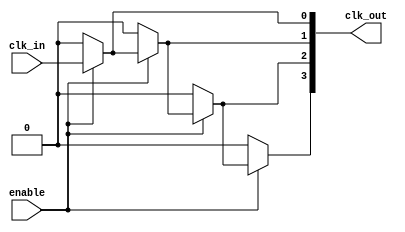
module SkewOptimizedClockBuffer #(
    parameter N = 4,      // Number of outputs
    parameter CLK_DIVIDE = 2 // Adjustable drive strength (i.e., clock division)
)(
    input wire clk_in,         // Input clock signal
    input wire enable,         // Enable signal
    output wire [N-1:0] clk_out // Buffered clock outputs
);

    // Internal signals for buffered clocks
    wire clk_buf[N-1:0];

    // Buffering structure with adjustable delay matching 
    genvar i;
    generate
        for (i = 0; i < N; i = i + 1) begin : generate_clocks
            if (i == 0) begin 
                // First output is directly buffered
                assign clk_buf[i] = (enable) ? clk_in : 1'b0;
                assign clk_out[i] = clk_buf[i];
            end else begin
                // Subsequent outputs with delay and driving capability
                assign clk_buf[i] = (enable) ? clk_buf[i-1] : 1'b0;
                assign clk_out[i] = clk_buf[i];
            end
        end
    endgenerate

endmodule